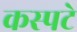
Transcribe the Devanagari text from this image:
कस्पटे